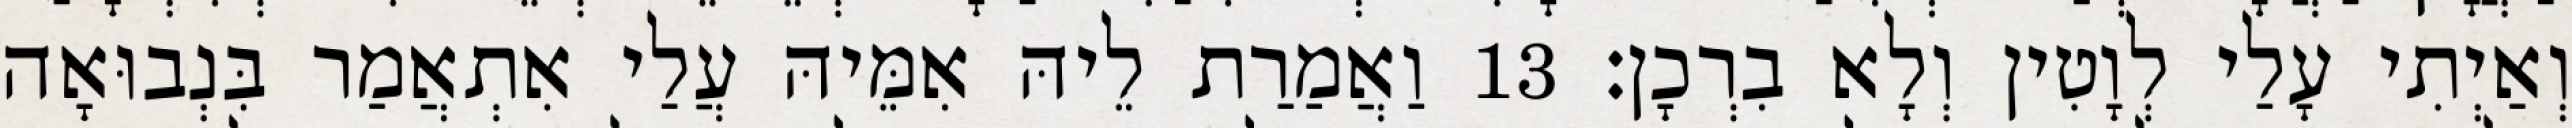
וְאַיְתִי עָלַי לְוָטִין וְלָא בִרְכָן׃ 13 וַאֲמַרַת לֵיהּ אִמֵּיהּ עֲלַי אִתְאֲמַר בִּנְבוּאָה